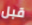
قبل